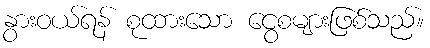
နွားဝယ်ရန် စုထားသော ငွေစများဖြစ်သည်။